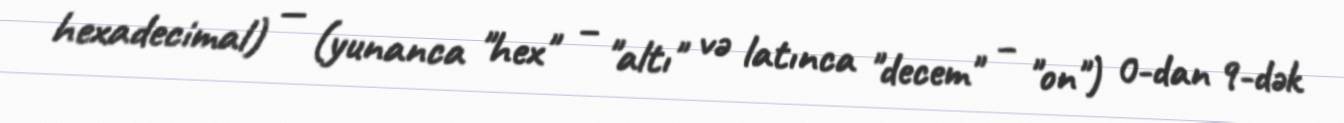
hexadecimal) — (yunanca "hex" – "altı" və latınca "decem" – "on") 0-dan 9-dək